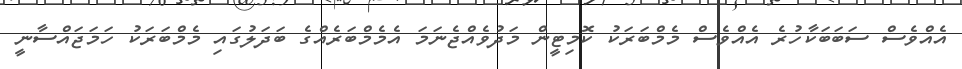
އެއްވެސް ސަބަބަކާހުރެ އެއްވެސް މެމްބަރަކު ކޮމިޓީން މަދުވެއްޖެނަމަ އެމެމްބަރެއްގެ ބަދަލުގައި މެމްބަރަކު ހަމަޖައްސާނީ